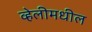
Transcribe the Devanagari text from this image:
व्हेलीमधील